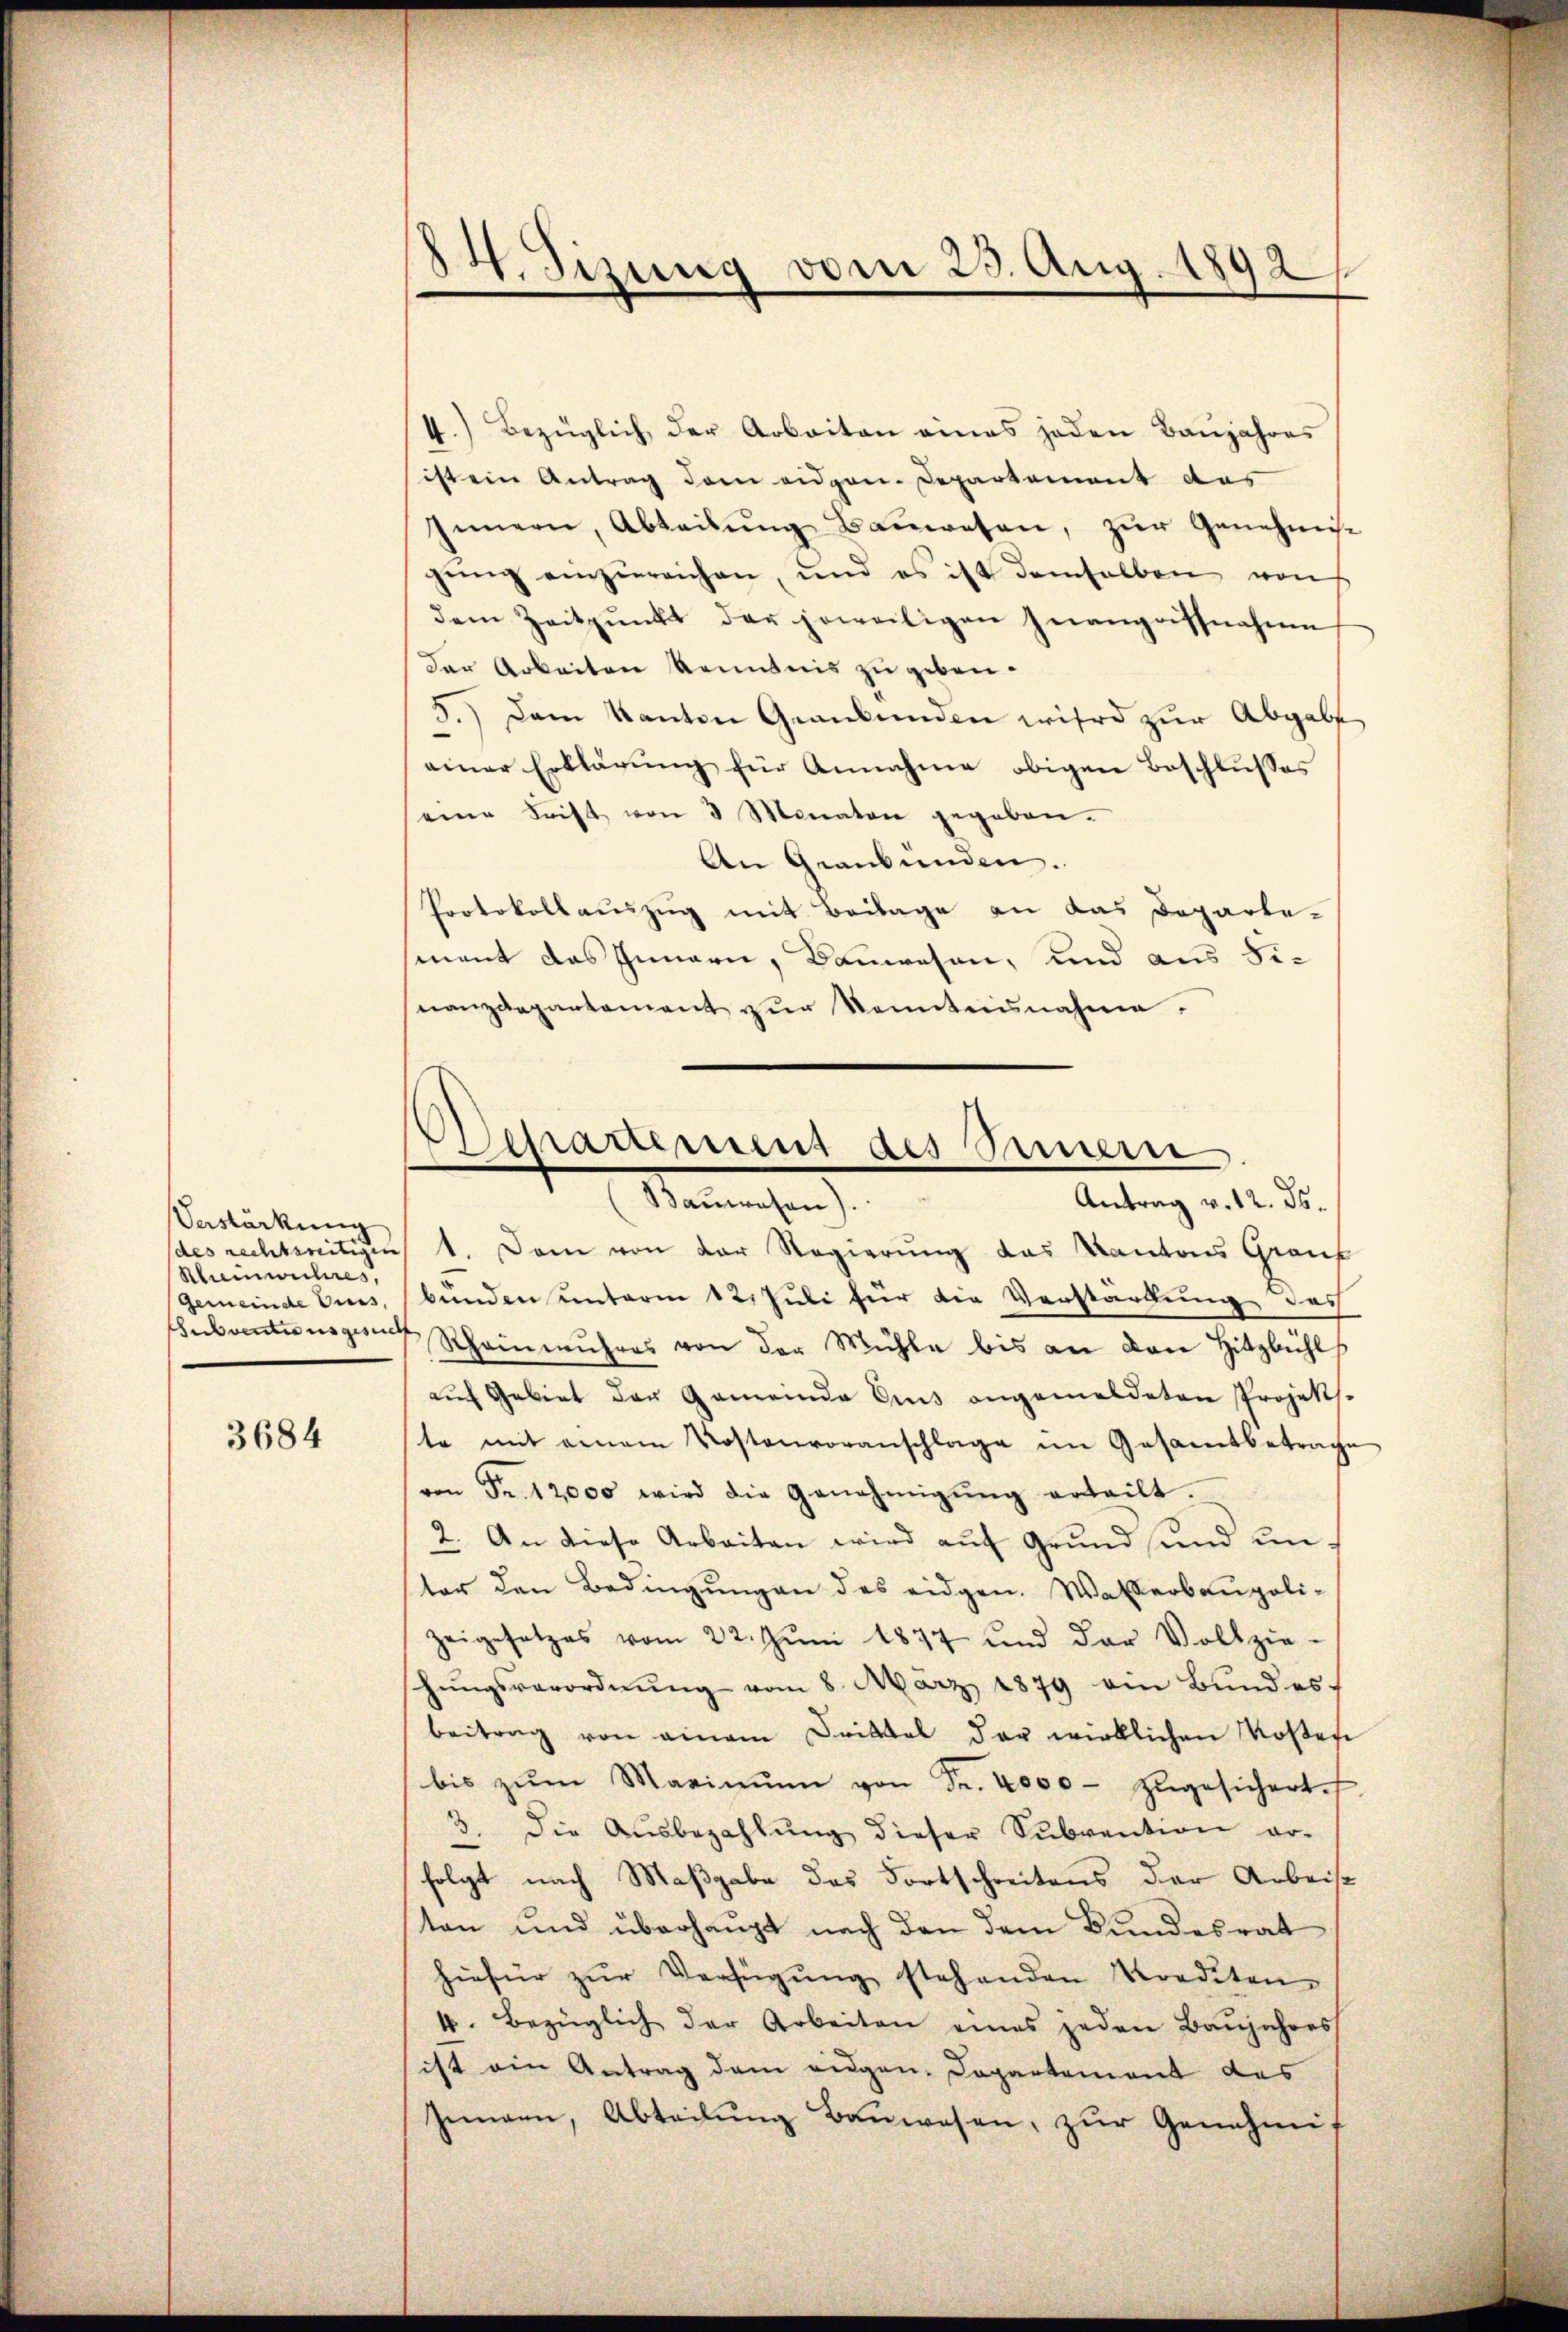
Vestärkung
Scheinwuhres.
Gemeinde Eiers,
Subventionsgesuch

3684

84. Sizung vom 25. Aug. 1892/

4.) Bezüglich, der Arbeiten eines jeden Baujahres
4
ist ein Antrag dem eidgen. Departement das
Innern, Abteilŭng Baŭwesen, zŭr Genehmisc
gŭng einzureichen, und es ist demselben von
dem Zeitpunkt der jeweiligen Inangriffnahme
der Arbeiten kenntnis zu geben.
5.) Dem Kanton Graubünden wird zŭr Abgabe
einer Erklärung für Annahme obigen Beschlußes
eine Frist von 3 Monaten gegeben.
An Graubünden.
Protokollauszug mit Beilage an das Departement das Innern, Bauwesen, und aus Finanzdepartement zur Kenntnisnahme.

eartement des Bern
Antrag v. 12. ds.
enrechen

(des rechtseitigen 1. Dem von der Regierung das Kantons Graub
bunden unterm 12. Juli für die Verstärkung des
Rheinwuhres von der Mühle bis an den Hitzbühl
aŭf Gebiet der Gemeinde Eis angemeldeten Projekt.
te mit einem Kostenvoranschlage im Gesamtbetrage
von Fr. 12000 wird die Genehmigŭng erteilt.
2. An diese Arbeiten wird auf Grund und unter den Bedingŭngen des eidgen. Wasserbaupoli-
zeigesetzes vom 22. Jŭni 1877 und der Vollzie-
hŭngsverordnŭng vom 8. März 1879 ein Bundes
beitrag von einem Drittel der wirklichen Kostete
bis zŭm Maximŭm von Fr. 4000 zugesichert.
3. die Aŭsbezahlŭng dieser Sŭbvention er-
—
folgt nach Maßgabe des Fortschreitens der Arbeise
ten und überhaupt nach den dem Bundesrat
hiefür zŭr Verfügŭng stehenden Krediten-
4. Bezüglich der Arbeiten eines jeden Baŭjahres
ist ein Antrag dem augen. Departement des
Jungen, Abteilŭng Baŭwesen, zŭr Genehmig